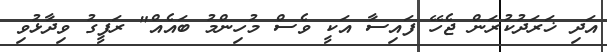
އަދި ޚަރަދުކުރަން ޖެހޭ ފައިސާ އަކީ ވެސް މުހިންމު ބައެއް" ރަފީގު ވިދާޅުވި